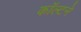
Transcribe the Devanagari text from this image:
कॉल्टने